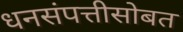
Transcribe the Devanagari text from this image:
धनसंपत्तीसोबत